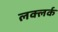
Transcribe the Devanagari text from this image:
लक्लर्क